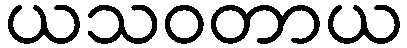
ယသဝတာယ